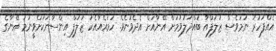
އެއްފަހަރު ނަމަވެސް ޒަލަފްއާ ބައްދަލުވުމަށް އޭނާއަށް އެދެވުނެވެ. ހަމައެއާއެކު ޒަލަފް އިންސާނަކަށްވީނަމަ އޭނާގެ